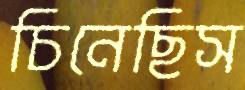
চিনেছিস